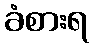
ခံစားရ